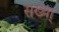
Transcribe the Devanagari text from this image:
संख्या्